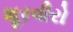
શૂરવીરો